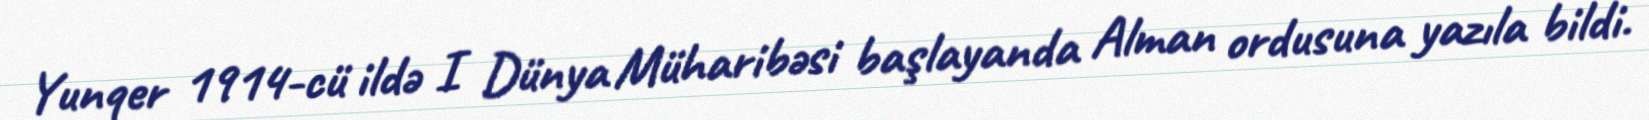
Yunqer 1914-cü ildə I Dünya Müharibəsi başlayanda Alman ordusuna yazıla bildi.